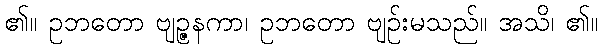
၏။ ဥဘတော ဗျဉ္ဇနကာ၊ ဥဘတော ဗျဉ်းမသည်။ အသိ၊ ၏။